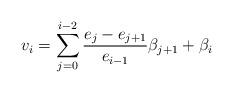
LaTeX: \begin{align*}v_i=\sum_{j=0}^{i-2}\frac{e_j-e_{j+1}}{e_{i-1}}\beta_{j+1}+\beta_i\end{align*}